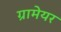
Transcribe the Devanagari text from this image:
ग्रामेयर